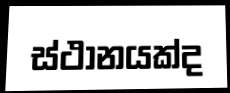
ස්ථානයක්ද